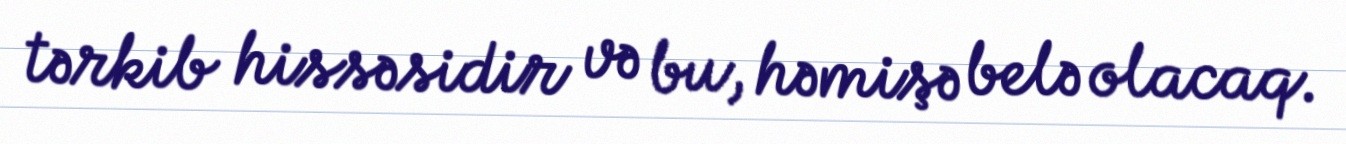
tərkib hissəsidir və bu, həmişə belə olacaq.